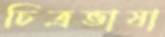
চিত্রভাষা